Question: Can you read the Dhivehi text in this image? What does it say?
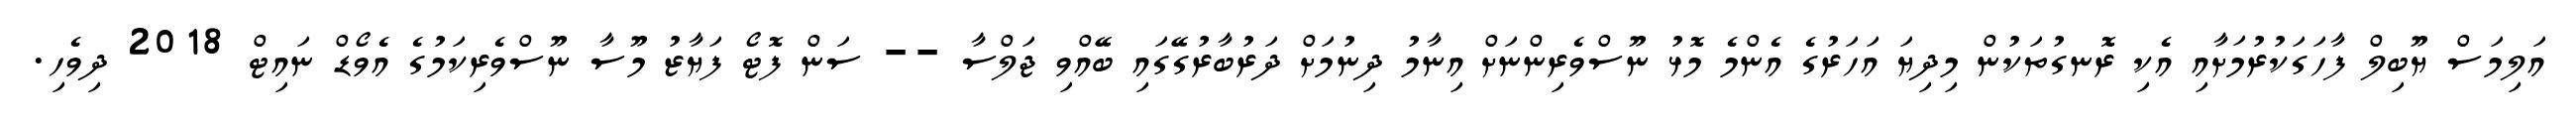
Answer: އަލިމަސް ޔޫބިލް ފާހަގަކުރުމަށާއި އެކި ރޮނގުތަކުން މިދިޔަ އަހަރުގެ އެންމެ މޮޅު ނޫސްވެރިންނަށް އިނާމު ދިނުމަށް ދަރުބާރުގޭގައި ބޭއްވި ޖަލްސާ -- ސަން ފޮޓޯ ފަޔާޒު މޫސާ ނޫސްވެރިކަމުގެ އެވޯޑް ނައިޓް 2018 ދިވެހި.